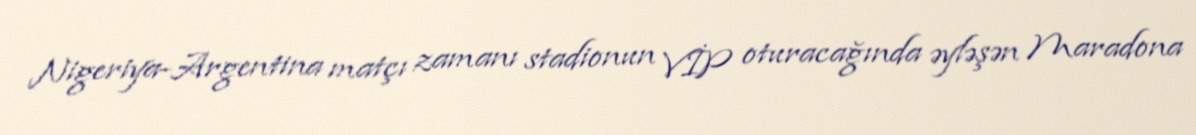
Nigeriya-Argentina matçı zamanı stadionun VİP oturacağında əyləşən Maradona